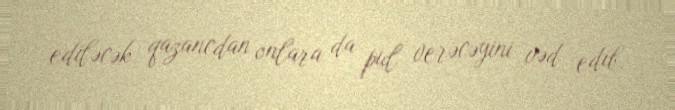
ediləcək qazancdan onlara da pul verəcəyini vəd edib.